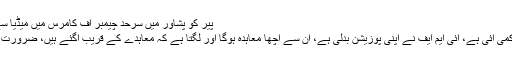
پیر کو پشاور میں سرحد چیمبر آف کامرس میں میڈیا سے گفتگو کرتے ہوئے اسد عمر نے کہاکہ آئی ایم
ایف اور پاکستان کے اعدادو شمار کے فرق میں کمی آئی ہے، آئی ایم ایف نے اپنی پوزیشن بدلی ہے، ان سے اچھا معاہدہ ہوگا اور لگتا ہے کہ معاہدے کے قریب آگئے ہیں، ضرورت اس بات کی ہے کہ اس معاہدے کو آخری بنائیں۔